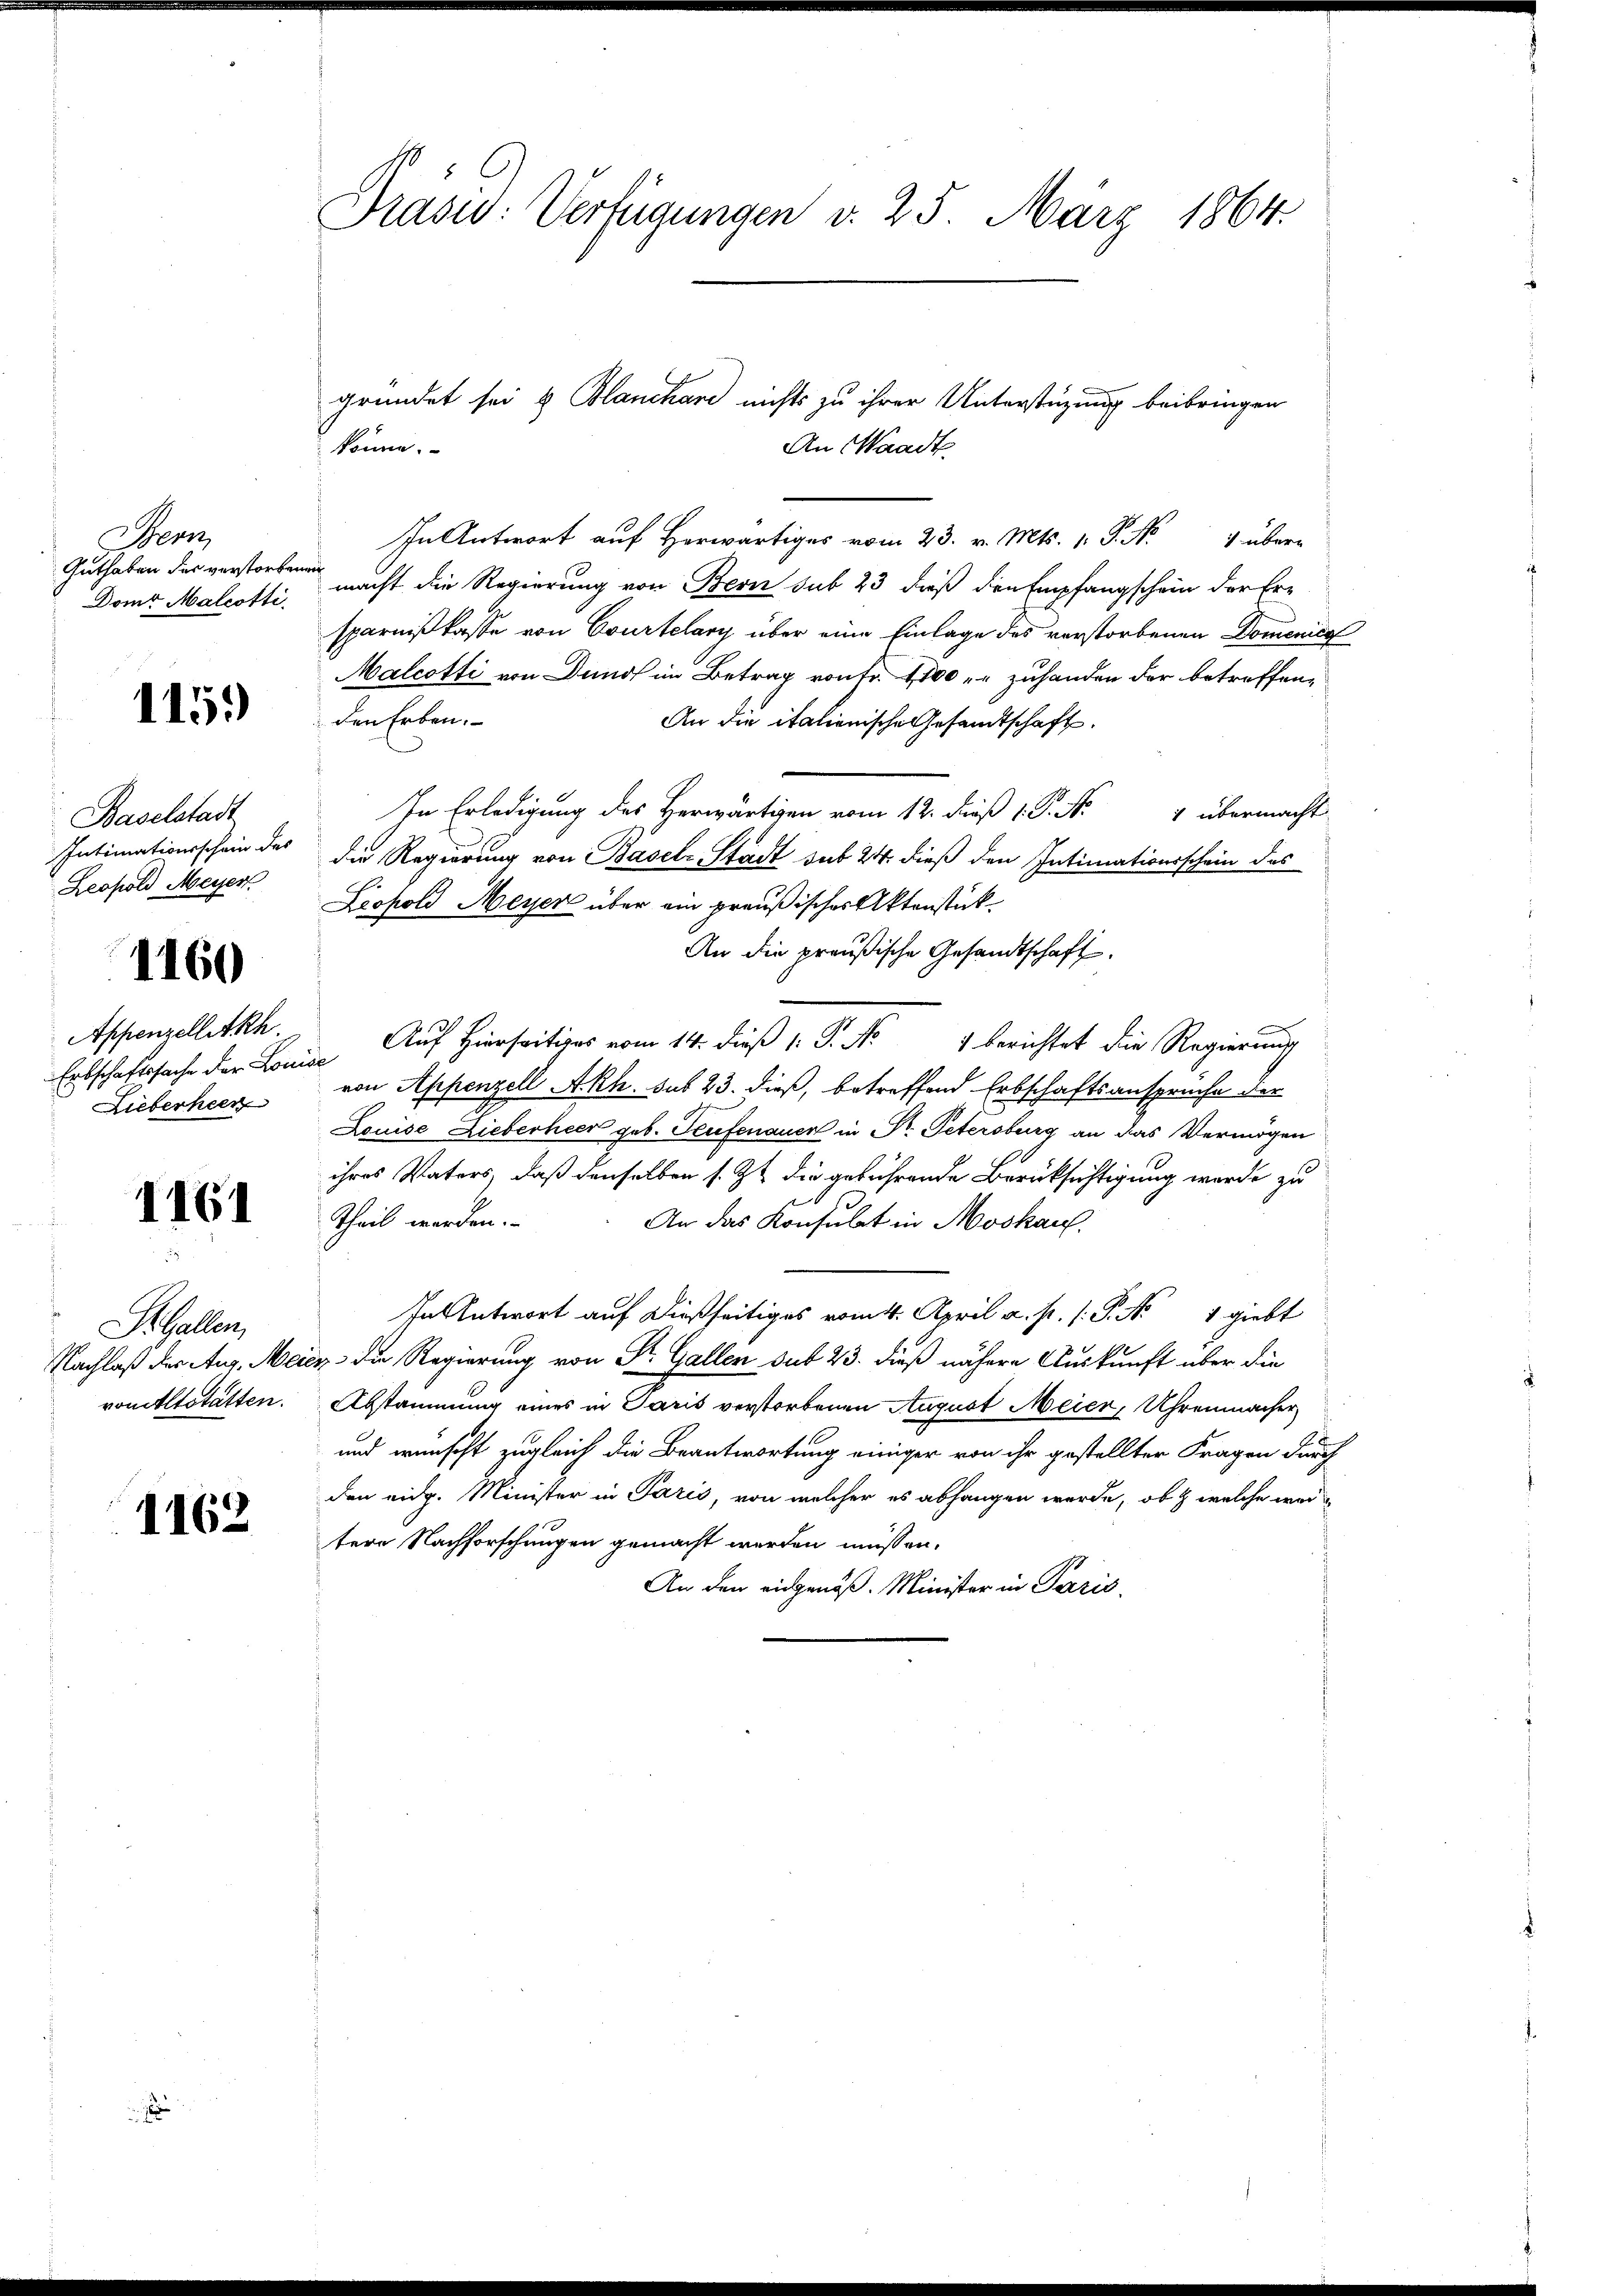
Stern
Guthaben des verstorbenen
Domt Malcotti

115)

Baselstadt
Intimationsschein des
Leopold Meyer

1160

Appenzelletsch
Lieberheer

1161

Si. Gallen,

1162

Prasis: Verfügungen d. 25. März 1864.

23. v. Mts. 1. P. Nr. 4 über-
macht die Regierung von Bern sub 23, daß den Empfangschein der Ersparnißkasse von Courtelary über eine Einlage des verstorbenen Domenice
Malcotti von Dunst im Betrag von Fr. 1100 zuhanden der betreffen,
den Erben.
An die italienische Gesandtschaft.
In Erledigung des Herwärtigen vom 12. dieß 1. P. Nr. 4 übermacht
die Regierung von Basel-Stadt sub 24. dieß den Intimationsschein des
Leopold Meyer über ein preußisches Aktenstück
An die preußische Gesandtschaft.
Erbschaftssache der Louise Auf hierseitiges vom 14. dieβ (: P. Nr. 4 berichtet die Regierung
von Appenzell Akh. sub 23. dieß, betreffend Erbschaftsanspruche der
Louise Lieberheer geb. Teufenauer in Dr. Petersburg an das Vermögen
ihres Vaters, daß denselben s. Zu die gebührende Berücksichtigung werde zu
Theil werden.
An das Konsulat in Moskau
In Antwort auf dießseitiges vom 4. April a. p. 1. P. Nr. 1 giebt
Nachlaß der Aug. Meier die Regierung von St. Gallen sub 23. dieß nähere Auskunft über die
vomtltotätten. Abstammung eines in Paris verstorbenen August Meier, Uhrenmacher
und wünscht zugleich die Beantwortung einiger von ihr gestellter Fragen durch
den eidg. Minister in Paris, von welcher es abhangen werde, ob & welche weitere Nachforschungen gemacht werden müssen.
An den eidgenöß. Minister in Paris

gründet sei & Blanchard nichts zu ihrer Unterstüzung beibringen
könne.
An Waadt